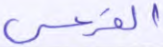
الفرعي